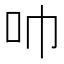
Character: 𫩒